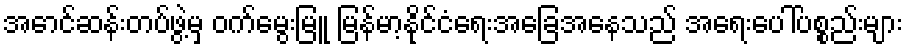
အောင်ဆန်းတပ်ဖွဲ့မှ ဝက်မွေးမြူ မြန်မာ့နိုင်ငံရေးအခြေအနေသည် အရေးပေါ်ပစ္စည်းများ